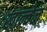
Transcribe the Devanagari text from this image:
खान्वेल